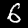
Label: 6